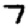
Digit: 7